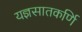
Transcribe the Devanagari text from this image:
यज्ञसातकर्णि